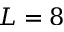
L = 8